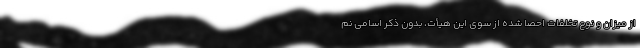
از میزان و نوع تخلفات احصا شده از سوی این هیأت، بدون ذکر اسامی نم